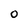
Character: 0